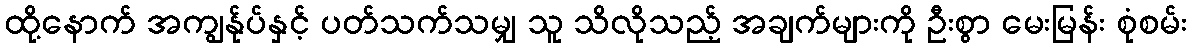
ထို့နောက် အကျွန်ုပ်နှင့် ပတ်သက်သမျှ သူ သိလိုသည့် အချက်များကို ဦးစွာ မေးမြန်း စုံစမ်း